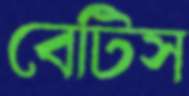
বেটিস